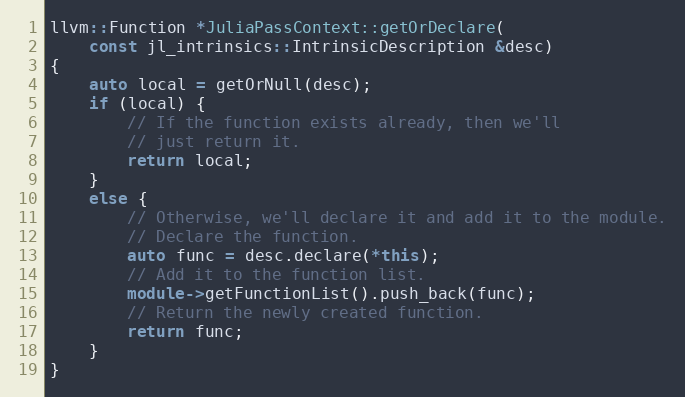
Language: C++
llvm::Function *JuliaPassContext::getOrDeclare(
    const jl_intrinsics::IntrinsicDescription &desc)
{
    auto local = getOrNull(desc);
    if (local) {
        // If the function exists already, then we'll
        // just return it.
        return local;
    }
    else {
        // Otherwise, we'll declare it and add it to the module.
        // Declare the function.
        auto func = desc.declare(*this);
        // Add it to the function list.
        module->getFunctionList().push_back(func);
        // Return the newly created function.
        return func;
    }
}